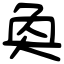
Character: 奐